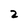
Character: 2